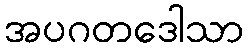
အပဂတဒေါသာ